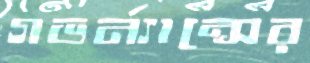
গভর্ন্যান্সের